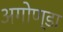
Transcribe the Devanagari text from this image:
अगोण्डा